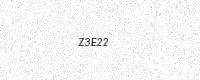
Text: Z3E22